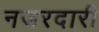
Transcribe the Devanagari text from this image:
नजरदारी